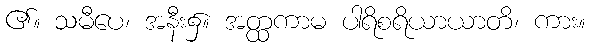
၏။ သမီပေ၊ အနီး၌။ အတ္ထကာမ ပါရိစရိယာယာတိ၊ ကား။